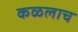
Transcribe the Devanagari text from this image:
कळलाच